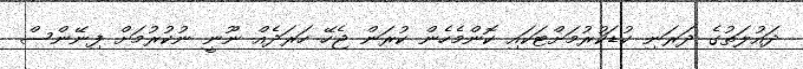
ދައުލަތުގެ ދަރަނި ކުޑަކުރުމަށްޓަކައި ކޮންމެހެން ކުރަން ޖެހޭ ހަރަދެއް ނޫނީ ނުކުރުމަށް ފިނޭންސް